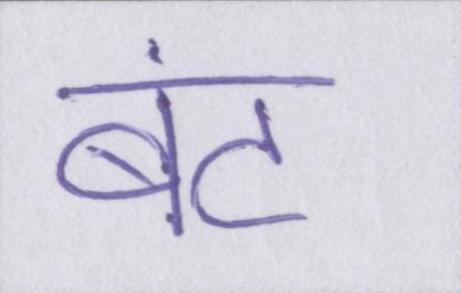
बंट